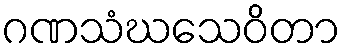
ဂဏသံဃသေဝိတာ